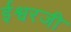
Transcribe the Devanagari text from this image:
ईश्वरजी